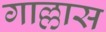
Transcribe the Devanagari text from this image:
गाल्लास